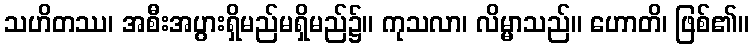
သဟိတဿ၊ အစီးအပွားရှိမည်မရှိမည်၌။ ကုသလာ၊ လိမ္မာသည်။ ဟောတိ၊ ဖြစ်၏။